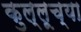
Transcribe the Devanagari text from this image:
कुल्लूच्या